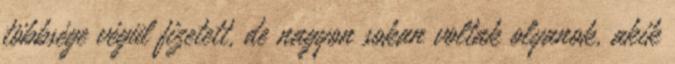
többsége végül fizetett, de nagyon sokan voltak olyanok, akik